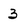
Character: 3